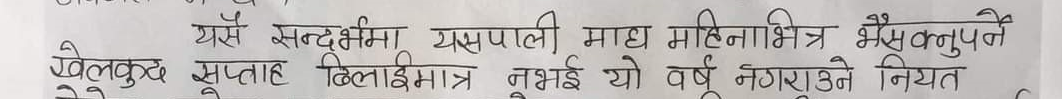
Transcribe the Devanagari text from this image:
यसै सन्दर्भमा यसपाली माघ महिनाभित्र भैसक्नुपर्ने
खेलकुद सप्ताह ढिलाईमात्र नभई यो वर्ष नगराउने नियत